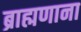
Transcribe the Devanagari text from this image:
ब्राह्मणाना